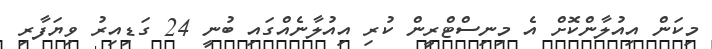
މިކަން އިއުލާންކޮށް އެ މިނިސްޓްރީން ކުރި އިއުލާނެއްގައި ބުނީ 24 ގަޑިއިރު ވިޔަފާރި